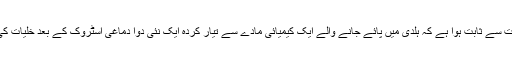
امریکی محققین کی طرف سے جانوروں پر کیے گئے تجربات سے ثابت ہوا ہے کہ ہلدی میں پائے جانے والے ایک کیمیائی مادے سے تیار کردہ ایک نئی دوا دماغی اسٹروک کے بعد خلیات کی نئی سرے سے افزائش میں بہت مددگار ثابت ہو سکتی ہے۔